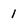
Character: 1